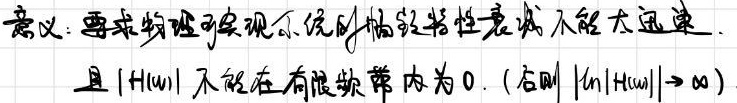
意义：要求物理可实现系统的幅频特性衰减不能太迅速.
且 \(|H(\mathrm{j}\omega)|\) 不能在有限频带内为 \(0\). (否则 \(|\ln|H(\mathrm{j}\omega)||\to \infty\))